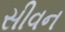
સીવન